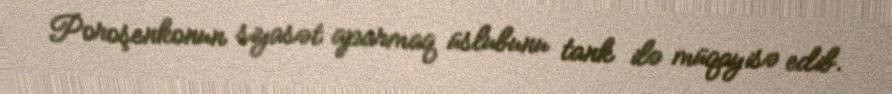
Poroşenkonun siyasət aparmaq üslubunu tank ilə müqayisə edib.